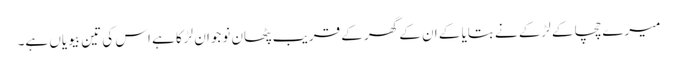
میرے چچا کے لڑکے نے بتایا کے ان کے گھر کے قریب پٹھان نوجوان لڑکا ہے اس کی تین بیویاں ہے۔